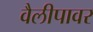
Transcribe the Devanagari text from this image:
वैलीपावर